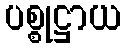
ပစ္စုဋ္ဌာယ